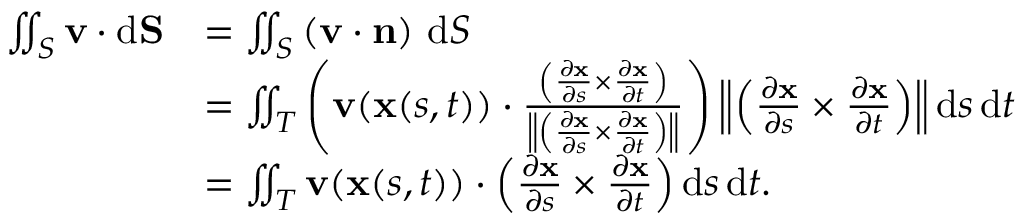
\begin{array} { r l } { \iint _ { S } { \mathbf v } \cdot \mathrm d { \mathbf { S } } } & { = \iint _ { S } \left( { \mathbf v } \cdot { \mathbf n } \right) \, \mathrm d S } \\ & { = \iint _ { T } \left( { \mathbf v } ( \mathbf { x } ( s , t ) ) \cdot { \frac { \left( { \frac { \partial \mathbf { x } } { \partial s } } \times { \frac { \partial \mathbf { x } } { \partial t } } \right) } { \left\| \left( { \frac { \partial \mathbf { x } } { \partial s } } \times { \frac { \partial \mathbf { x } } { \partial t } } \right) \right\| } } \right) \left\| \left( { \frac { \partial \mathbf { x } } { \partial s } } \times { \frac { \partial \mathbf { x } } { \partial t } } \right) \right\| \mathrm d s \, \mathrm d t } \\ & { = \iint _ { T } { \mathbf v } ( \mathbf { x } ( s , t ) ) \cdot \left( { \frac { \partial \mathbf { x } } { \partial s } } \times { \frac { \partial \mathbf { x } } { \partial t } } \right) \mathrm d s \, \mathrm d t . } \end{array}